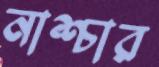
নাশ্চার